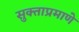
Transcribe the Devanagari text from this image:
सुक्ताप्रमाणे